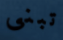
تبنى